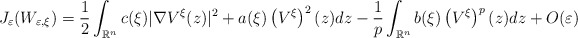
\begin{align*}{J_{\varepsilon}(W_{\varepsilon,\xi})=\frac{1}{2}\int_{\mathbb{R}^{n}}c(\xi)|\nabla V^{\xi}(z)|^{2}+a(\xi)\left( V^{\xi}\right) ^{2}(z)dz-\frac{1}{p}\int_{\mathbb{R}^{n}}b(\xi)\left( V^{\xi}\right) ^{p}(z)dz+O(\varepsilon)}\end{align*}